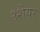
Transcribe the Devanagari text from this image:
१शेयर